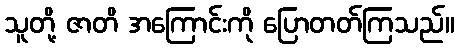
သူတို့ ဇာတိ အကြောင်းကို ပြောတတ်ကြသည်။